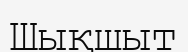
Шықшыт